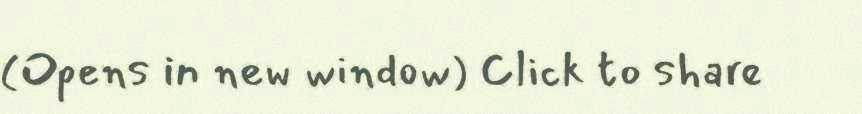
(Opens in new window) Click to share